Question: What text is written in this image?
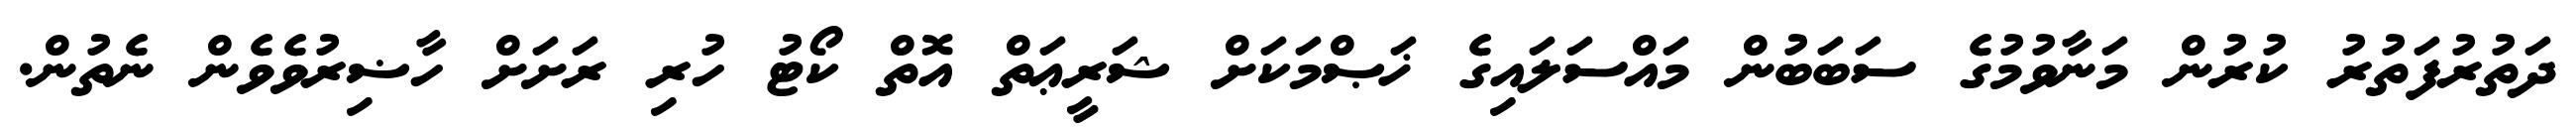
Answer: ދަތުރުފަތުރު ކުރުން މަނާވުމުގެ ސަބަބުން މައްސަލައިގެ ޚަޞްމަކަށް ޝަރީޢަތް އޮތް ކޯޓު ހުރި ރަށަށް ހާޟިރުވެވެން ނެތުން.